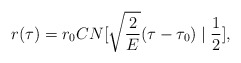
\begin{align*}r(\tau)=r_0 CN[\sqrt{\frac{2}{E}}(\tau-\tau_0)\mid\frac{1}{2}],\end{align*}